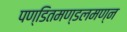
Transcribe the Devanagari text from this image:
पण्डितमण्डलमण्न